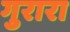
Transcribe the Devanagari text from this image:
गुरारा